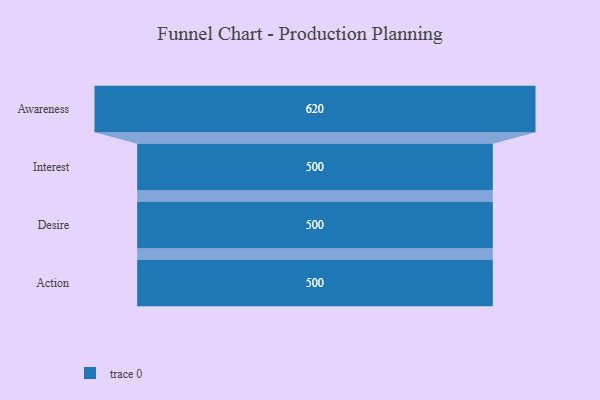
{"axis": {"x": "Stage", "y": "Value"}, "legend": [""], "data": [{"x": "Awareness", "y": 620.0, "type": ""}, {"x": "Interest", "y": 500, "type": ""}, {"x": "Desire", "y": 500, "type": ""}, {"x": "Action", "y": 500, "type": ""}]}